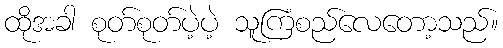
ထိုအခါ စုတ်စုတ်ပဲ့ပဲ့ သူကြံစည်လေတော့သည်။